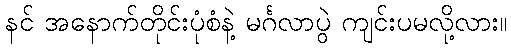
နင် အနောက်တိုင်းပုံစံနဲ့ မင်္ဂလာပွဲ ကျင်းပမလို့လား။